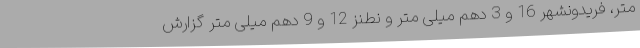
متر، فریدونشهر 16 و 3 دهم میلی متر و نطنز 12 و 9 دهم میلی متر گزارش